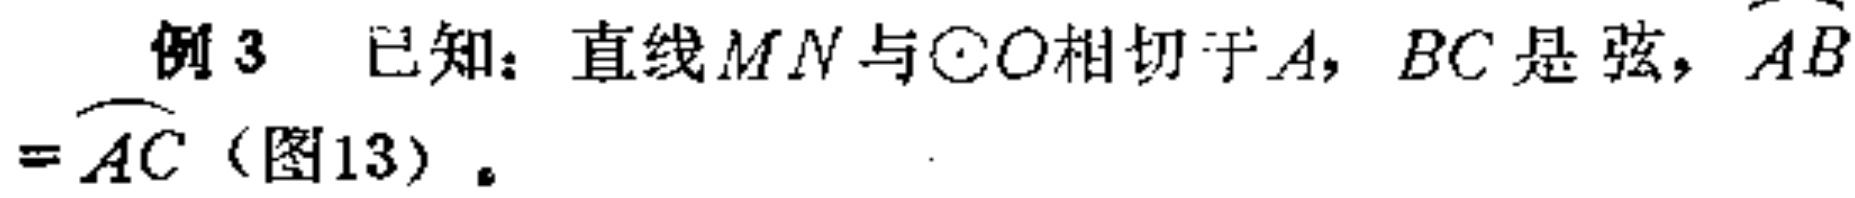
例3 已知：直线$MN$与$\odot O$相切于$A$，$BC$是弦，$\overset{\frown}{AB}=\overset{\frown}{AC}$（图13）。